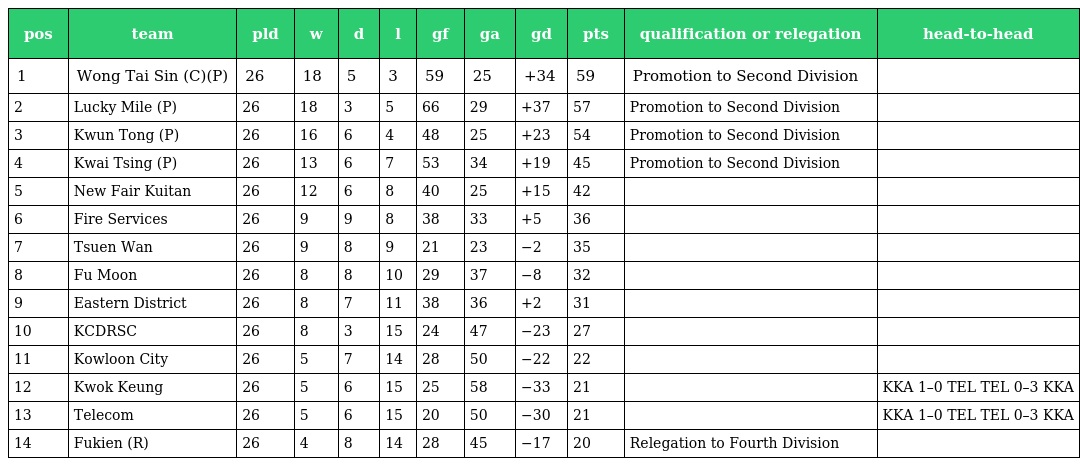
| pos | team | pld | w | d | l | gf | ga | gd | pts | qualification or relegation | head-to-head |
 | --- | --- | --- | --- | --- | --- | --- | --- | --- | --- | --- | --- |
 | 1 | Wong Tai Sin (C)(P) | 26 | 18 | 5 | 3 | 59 | 25 | +34 | 59 | Promotion to Second Division |  |
 | 2 | Lucky Mile (P) | 26 | 18 | 3 | 5 | 66 | 29 | +37 | 57 | Promotion to Second Division |  |
 | 3 | Kwun Tong (P) | 26 | 16 | 6 | 4 | 48 | 25 | +23 | 54 | Promotion to Second Division |  |
 | 4 | Kwai Tsing (P) | 26 | 13 | 6 | 7 | 53 | 34 | +19 | 45 | Promotion to Second Division |  |
 | 5 | New Fair Kuitan | 26 | 12 | 6 | 8 | 40 | 25 | +15 | 42 |  |  |
 | 6 | Fire Services | 26 | 9 | 9 | 8 | 38 | 33 | +5 | 36 |  |  |
 | 7 | Tsuen Wan | 26 | 9 | 8 | 9 | 21 | 23 | −2 | 35 |  |  |
 | 8 | Fu Moon | 26 | 8 | 8 | 10 | 29 | 37 | −8 | 32 |  |  |
 | 9 | Eastern District | 26 | 8 | 7 | 11 | 38 | 36 | +2 | 31 |  |  |
 | 10 | KCDRSC | 26 | 8 | 3 | 15 | 24 | 47 | −23 | 27 |  |  |
 | 11 | Kowloon City | 26 | 5 | 7 | 14 | 28 | 50 | −22 | 22 |  |  |
 | 12 | Kwok Keung | 26 | 5 | 6 | 15 | 25 | 58 | −33 | 21 |  | KKA 1–0 TEL TEL 0–3 KKA |
 | 13 | Telecom | 26 | 5 | 6 | 15 | 20 | 50 | −30 | 21 |  | KKA 1–0 TEL TEL 0–3 KKA |
 | 14 | Fukien (R) | 26 | 4 | 8 | 14 | 28 | 45 | −17 | 20 | Relegation to Fourth Division |  |